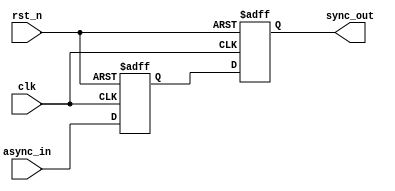
/* * * * * * * * * * * * * * * * * * * * * * * * * * * * * * * * * * * * * * * *
*  Synchronizer - synchronous output from asynchronous input                   *
* * * * * * * * * * * * * * * * * * * * * * * * * * * * * * * * * * * * * * * */
module sync (
input         clk,           // Clock
              rst_n,         // Reset
              async_in,      // Asynchronous Input
output        sync_out);     // Synchronized Output

reg    [ 1:0] shift;         // Shift reg

always @(negedge clk or negedge rst_n)
  if (~rst_n) shift[0] <= 0;    // async reset
  else shift[0] <= async_in; // clocked: sync input
always @(posedge clk or negedge rst_n)
  if (~rst_n) shift[1] <= 0;    // async reset
  else shift[1] <= shift[0]; // shift left

assign sync_out = shift[1];  // Synchronized Output

endmodule